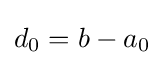
d_{0}=b-a_{0}